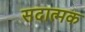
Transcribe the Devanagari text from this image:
सदात्मक